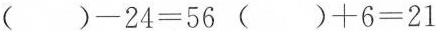
$$( ) - 2 4 = 5 6$$$$( ) + 6 = 2 1$$